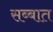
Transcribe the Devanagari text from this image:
सब्बात